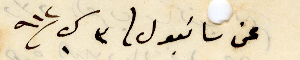
عن سانبول في ٣ كانون الأول ١٩١٢